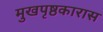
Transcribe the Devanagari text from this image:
मुखपृष्ठकारास